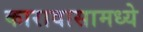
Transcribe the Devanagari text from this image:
कारावासामध्ये